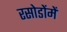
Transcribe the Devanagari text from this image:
रसोडोंमें